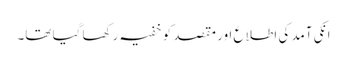
انکی آمد کی اطلاع اور مقصد کو خفیہ رکھا گیا تھا۔